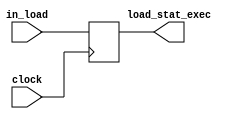
module keep_load_track(in_load,clock,load_stat_exec);
  
  input wire in_load,clock;
  output wire load_stat_exec;
  
  reg load_status;
  
  initial
  load_status=0;
  
  assign load_stat_exec=load_status;
  
  always@(posedge clock)
  begin
    load_status<=in_load;
  end
  
endmodule